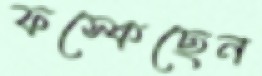
ফস্‌কেছেন